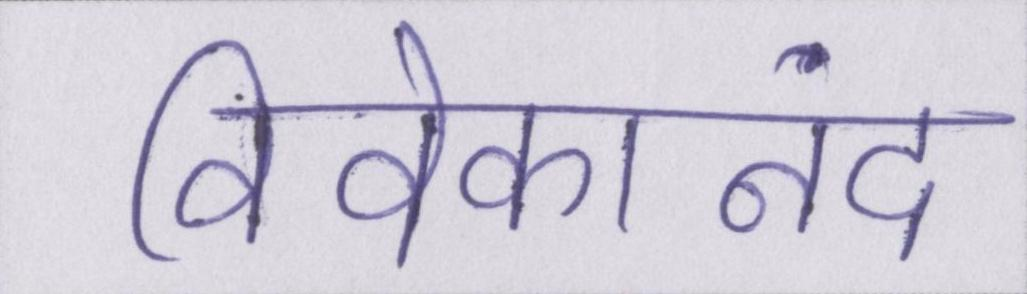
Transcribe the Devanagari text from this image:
विवेकानंद